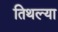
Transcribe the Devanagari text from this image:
तिथल्या